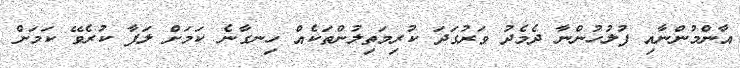
އާންމުންނާއި ފުލުހުންނާ ދެމެދު ވަރުގަދަ ކުރިމަތިލުންތަކެއް ހިނގާނެ ކަމަށް ލަފާ ކުރެވޭ ކަމަށް